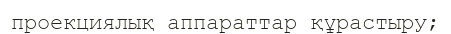
проекциялық аппараттар құрастыру;